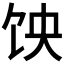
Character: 𱃵